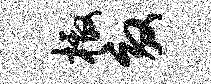
檄效